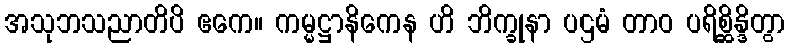
အသုဘသညာတိပိ ဧကေ။ ကမ္မဋ္ဌာနိကေန ဟိ ဘိက္ခုနာ ပဌမံ တာဝ ပရိစ္ဆိန္ဒိတွာ